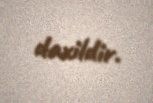
daxildir.